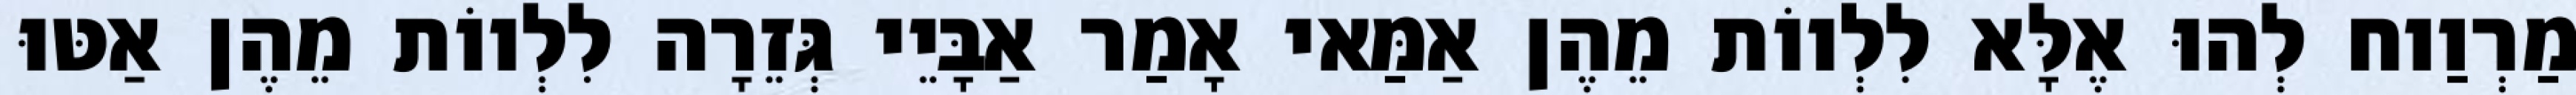
מַרְוַוח לְהוּ אֶלָּא לִלְווֹת מֵהֶן אַמַּאי אָמַר אַבָּיֵי גְּזֵרָה לִלְווֹת מֵהֶן אַטּוּ